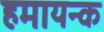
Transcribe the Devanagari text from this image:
हमायन्क